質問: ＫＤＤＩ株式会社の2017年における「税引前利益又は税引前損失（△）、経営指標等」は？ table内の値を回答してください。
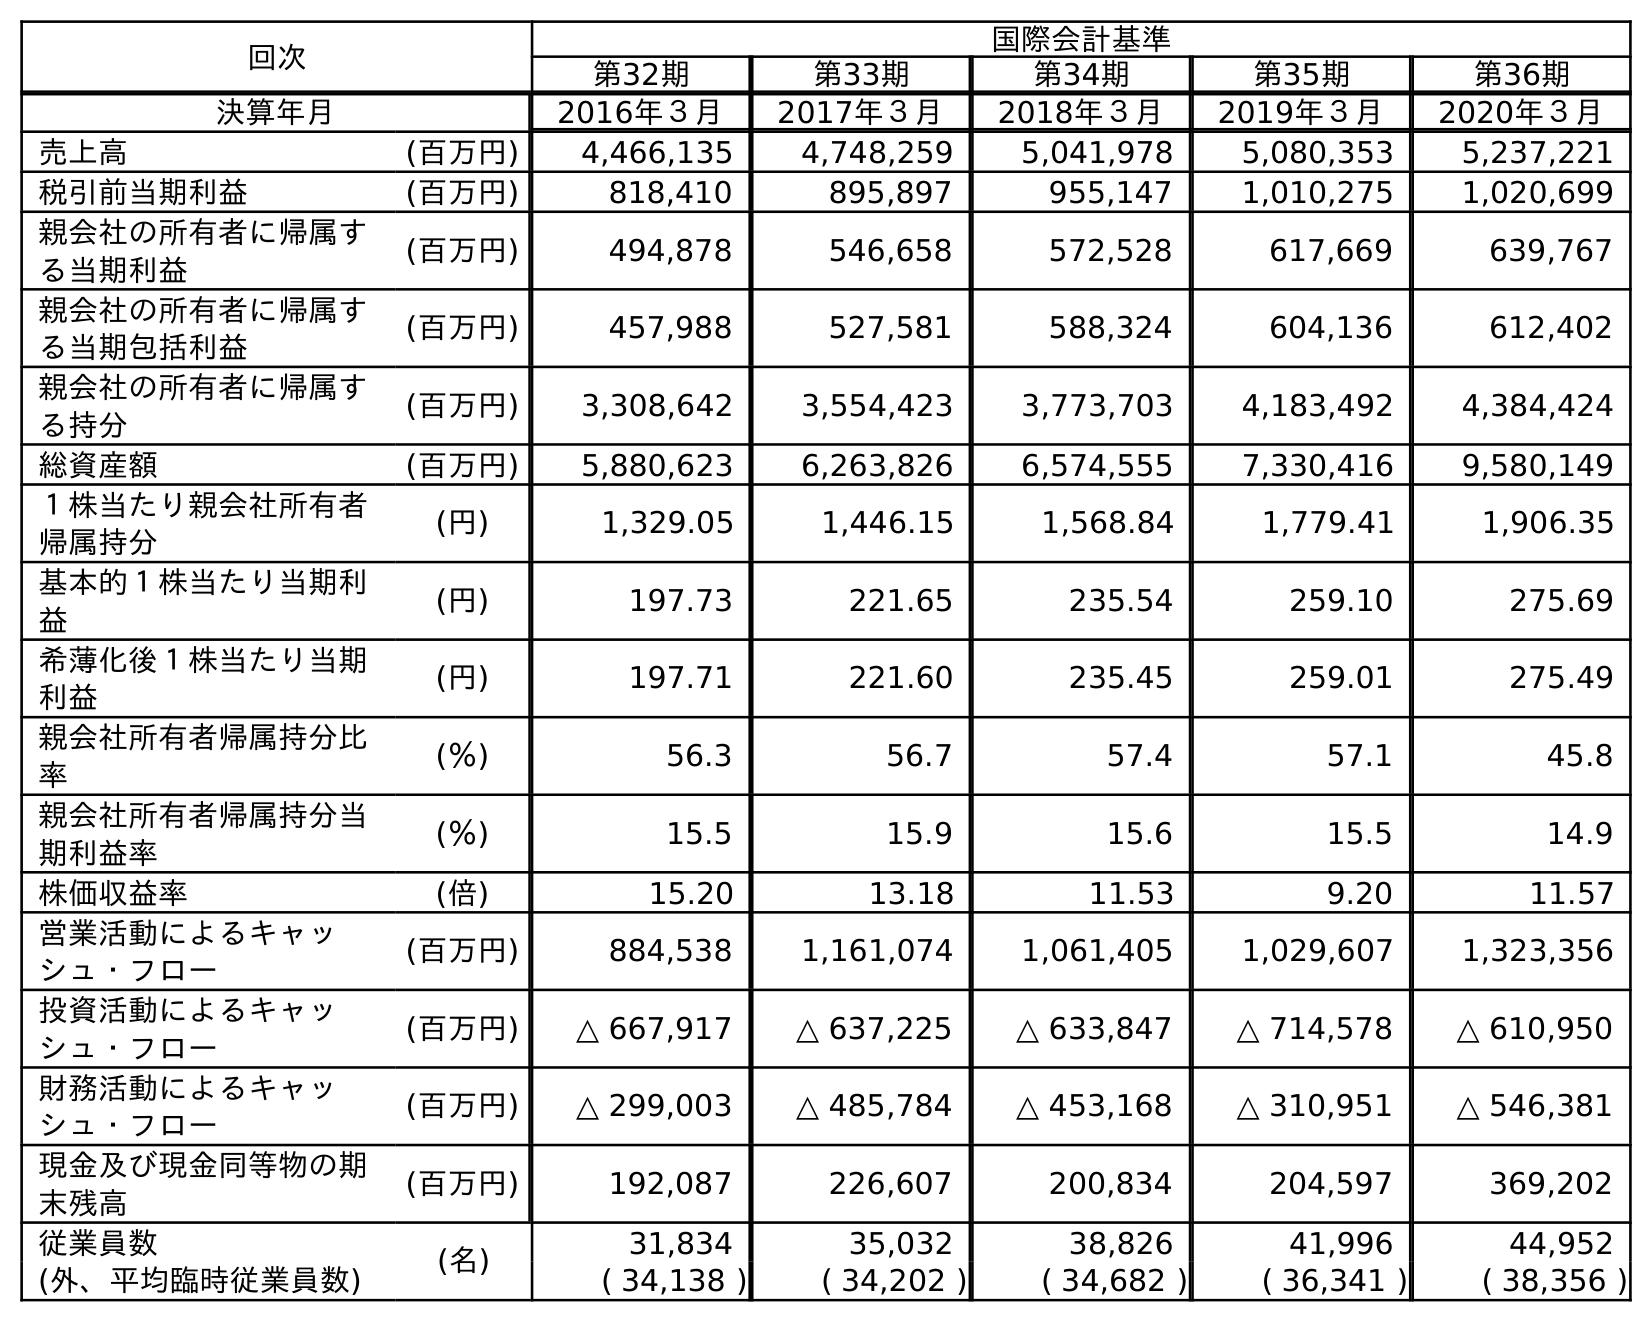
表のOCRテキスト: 回次 国際会計基準 第32期 第33期 第34期 第35期 第36期 決算年月 2016年３月 2017年３月 2018年３月 2019年３月 2020年３月 売上高 (百万円) 4,466,135 4,748,259 5,041,978 5,080,353 5,237,221 税引前当期利益 (百万円) 818,410 895,897 955,147 1,010,275 1,020,699 親会社の所有者に帰属す る当期利益 (百万円) 494,878 546,658 572,528 617,669 639,767 親会社の所有者に帰属す る当期包括利益 (百万円) 457,988 527,581 588,324 604,136 612,402 親会社の所有者に帰属す る持分 (百万円) 3,308,642 3,554,423 3,773,703 4,183,492 4,384,424 総資産額 (百万円) 5,880,623 6,263,826 6,574,555 7,330,416 9,580,149 １株当たり親会社所有者 帰属持分 (円) 1,329.05 1,446.15 1,568.84 1,779.41 1,906.35 基本的１株当たり当期利 益 (円) 197.73 221.65 235.54 259.10 275.69 希薄化後１株当たり当期 利益 (円) 197.71 221.60 235.45 259.01 275.49 親会社所有者帰属持分比 率 (％) 56.3 56.7 57.4 57.1 45.8 親会社所有者帰属持分当 期利益率 (％) 15.5 15.9 15.6 15.5 14.9 株価収益率 (倍) 15.20 13.18 11.53 9.20 11.57 営業活動によるキャッ シュ・フロー (百万円) 884,538 1,161,074 1,061,405 1,029,607 1,323,356 投資活動によるキャッ シュ・フロー (百万円) △ 667,917 △ 637,225 △ 633,847 △ 714,578 △ 610,950 財務活動によるキャッ シュ・フロー (百万円) △ 299,003 △ 485,784 △ 453,168 △ 310,951 △ 546,381 現金及び現金同等物の期 末残高 (百万円) 192,087 226,607 200,834 204,597 369,202 従業員数 (名) 31,834 35,032 38,826 41,996 44,952 (外、平均臨時従業員数) ( 34,138 ) ( 34,202 ) ( 34,682 ) ( 36,341 ) ( 38,356 )
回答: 895,897